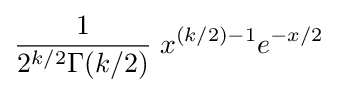
{\frac {1}{2^{k/2}\Gamma (k/2)}}\;x^{(k/2)-1}e^{-x/2}\;